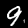
Digit: 9